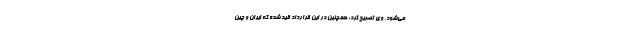
می‌شود. وی تصریح کرد: همچنین در این قرارداد قید شده که ایران و چین